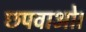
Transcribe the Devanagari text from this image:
छपवाओ।